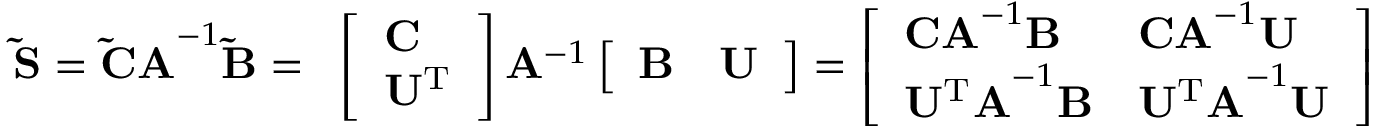
\mathbf { \tilde { S } } = \mathbf { \tilde { C } A } ^ { - 1 } \mathbf { \tilde { B } } = \begin{array} { r } { \left[ \begin{array} { l } { \mathbf { C } } \\ { \mathbf { U ^ { \mathrm { T } } } } \end{array} \right] \mathbf { A } ^ { - 1 } \left[ \begin{array} { l l } { \mathbf { B } } & { \mathbf { U } } \end{array} \right] = \left[ \begin{array} { l l } { \mathbf { C A } ^ { - 1 } \mathbf { B } } & { \mathbf { C A } ^ { - 1 } \mathbf { U } } \\ { \mathbf { U ^ { \mathrm { T } } A } ^ { - 1 } \mathbf { B } } & { \mathbf { U ^ { \mathrm { T } } A } ^ { - 1 } \mathbf { U } } \end{array} \right] } \end{array}